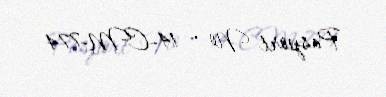
Pasport № — 14-CM-774